65_HS1-834228961_62-HQ-83894_Section_3
Agency: FBI
Page 23
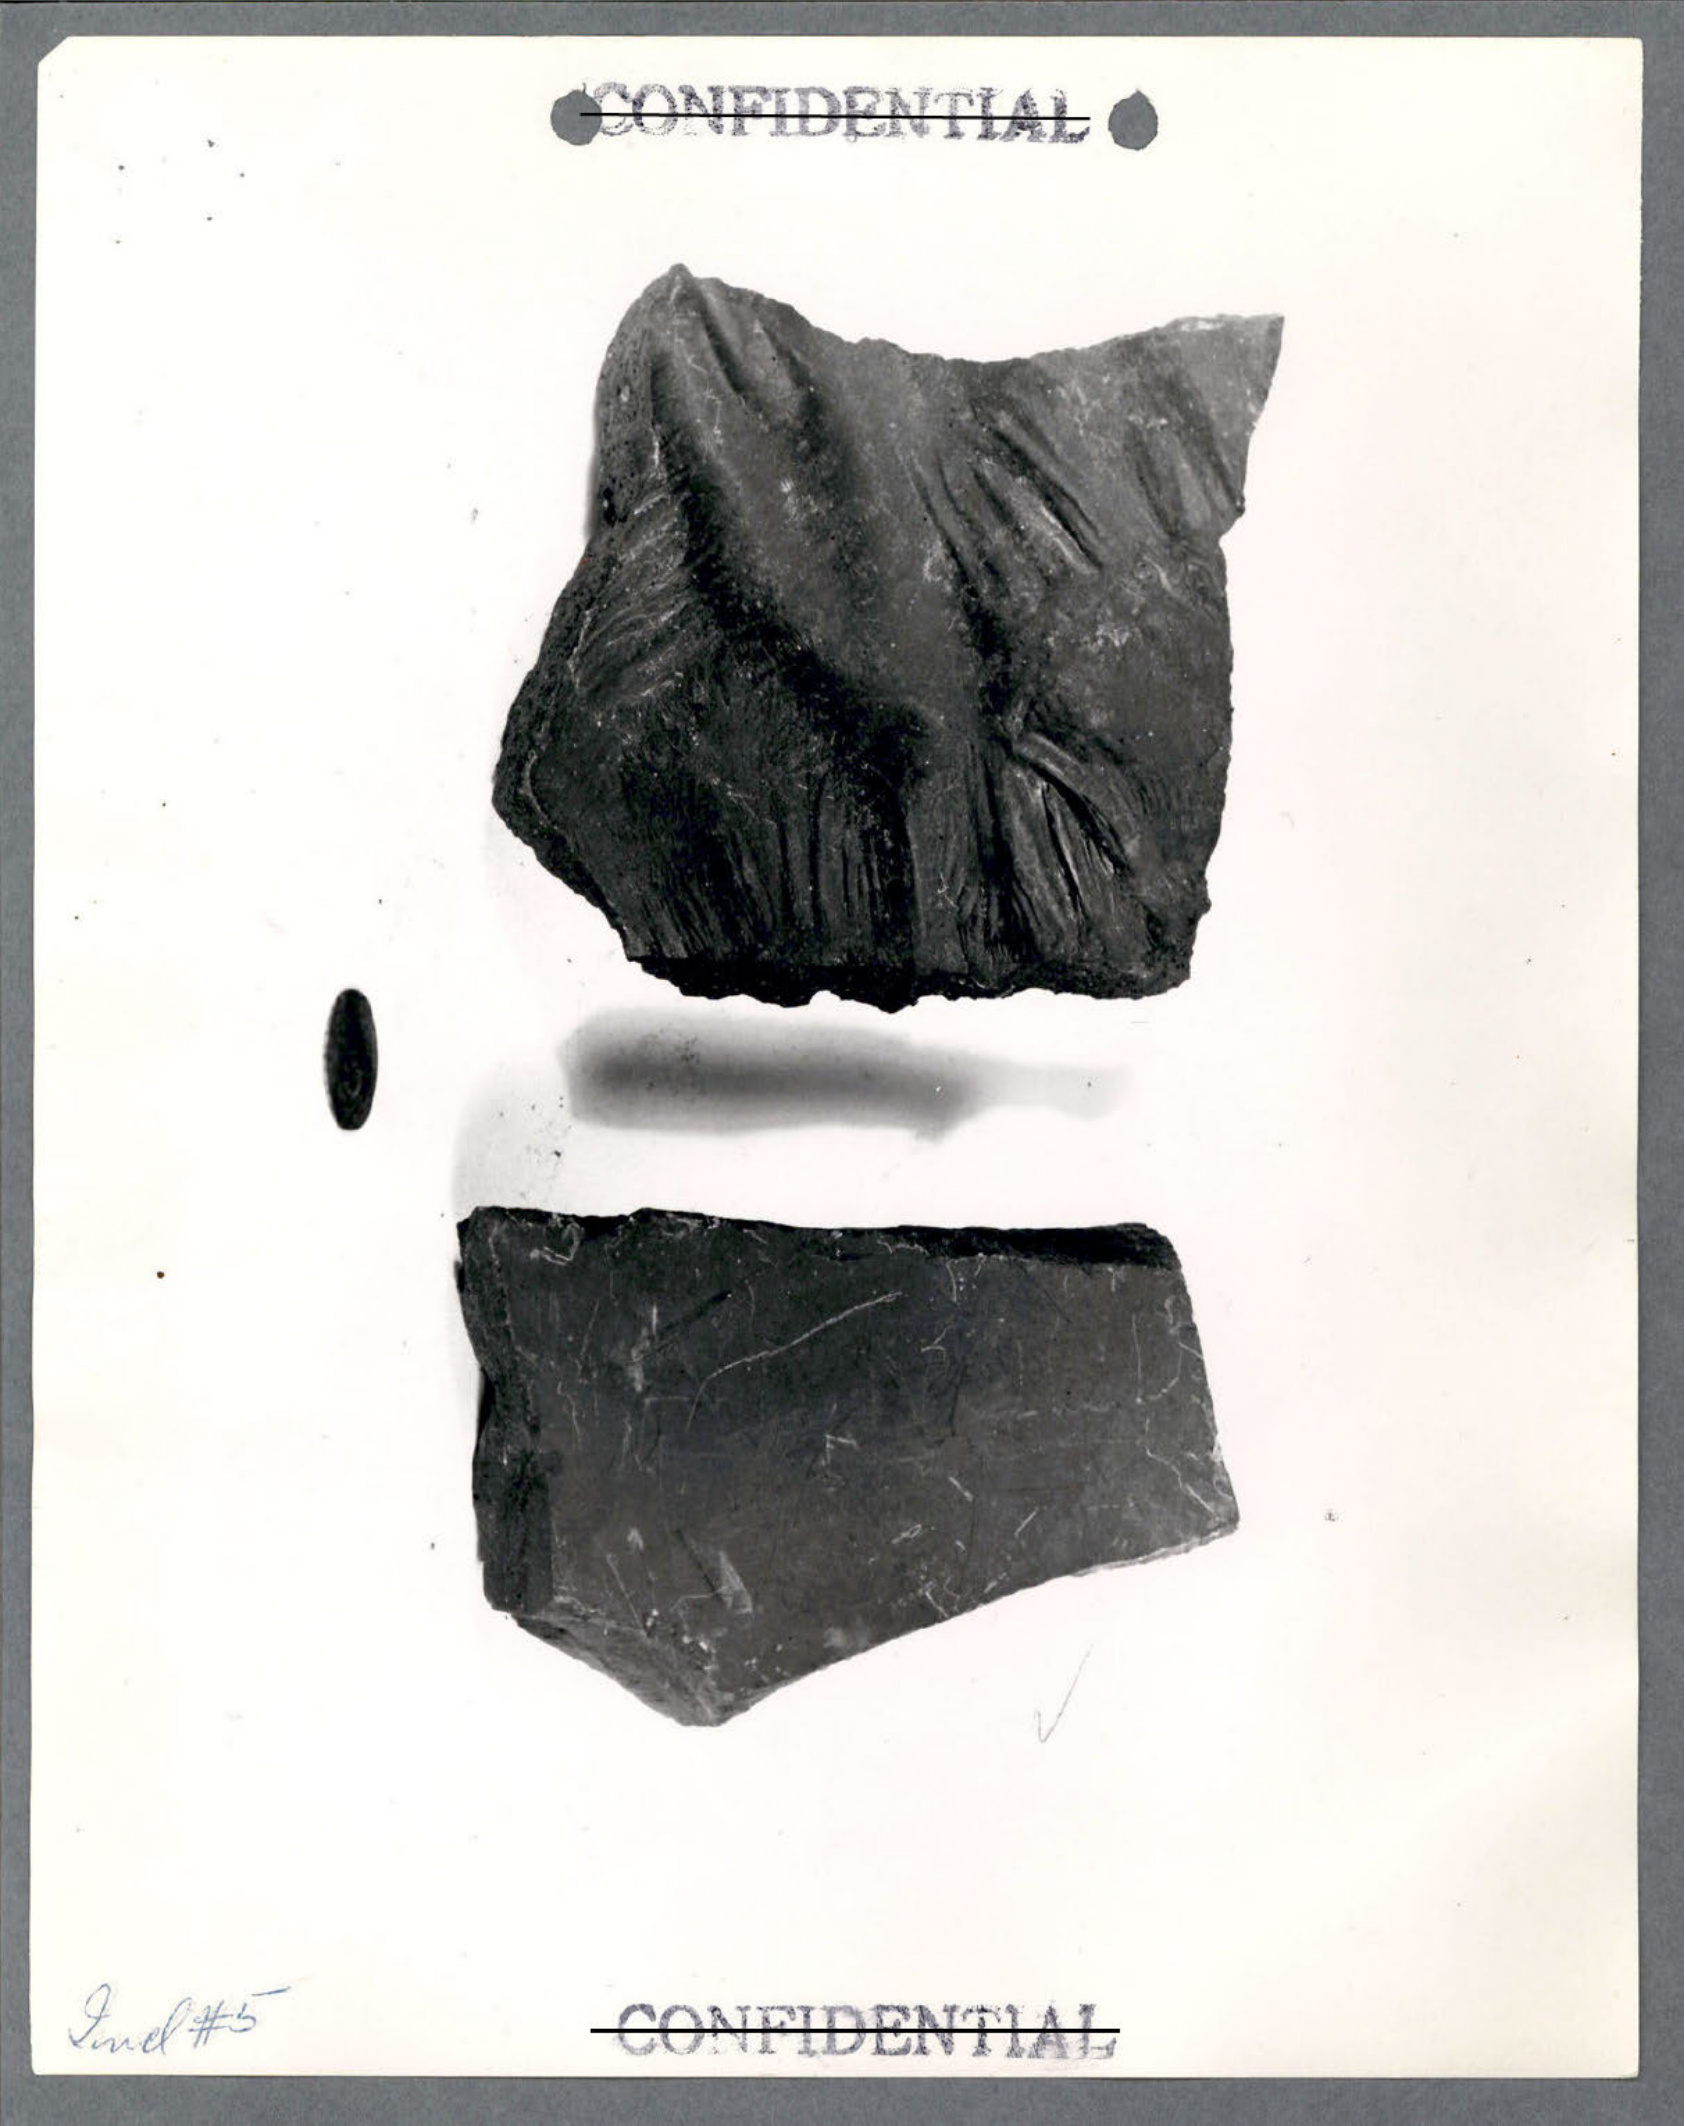